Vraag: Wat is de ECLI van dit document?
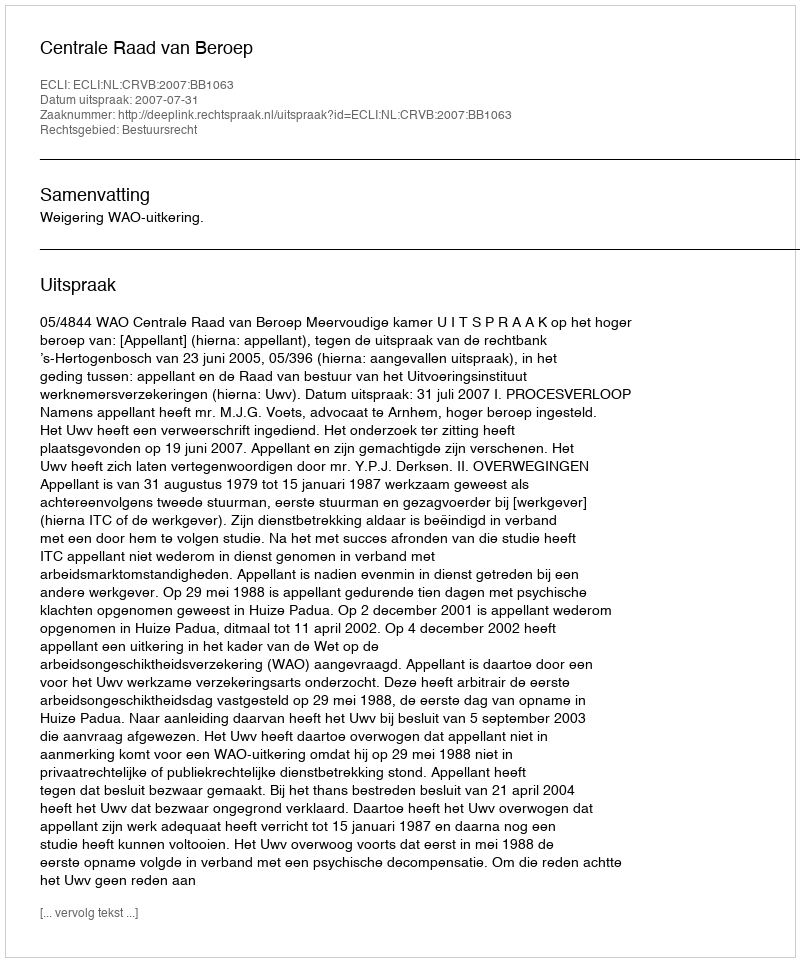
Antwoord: ECLI:NL:CRVB:2007:BB1063